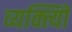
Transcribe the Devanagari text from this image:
व्यक्त्याेिं